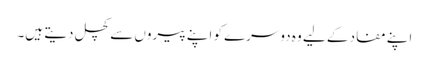
اپنے مفاد کے لیے وہ دوسرے کو اپنے پیروں سے کچل دیتے ہیں۔